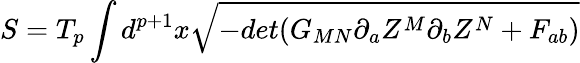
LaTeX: S=T_{p}\int d^{p+1}x\sqrt{-det(G_{MN}\partial_{a}Z^{M}\partial_{b}Z^{N}+F_{ab})}